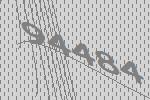
94484